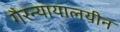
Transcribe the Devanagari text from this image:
गैरन्यायालयीन